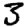
Digit: 3